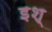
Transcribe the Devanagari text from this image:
इश्